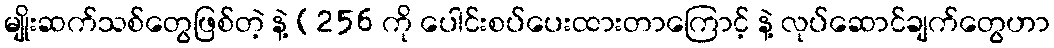
မျိုးဆက်သစ်တွေဖြစ်တဲ့ နဲ့ (256 ကို ပေါင်းစပ်ပေးထားတာကြောင့် နဲ့ လုပ်ဆောင်ချက်တွေဟာ